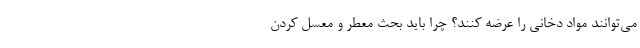
می‌‌توانند مواد دخانی را عرضه کنند؟ چرا باید بحث معطر و معسل کردن